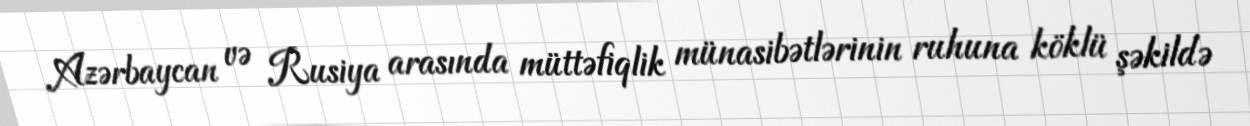
Azərbaycan və Rusiya arasında müttəfiqlik münasibətlərinin ruhuna köklü şəkildə